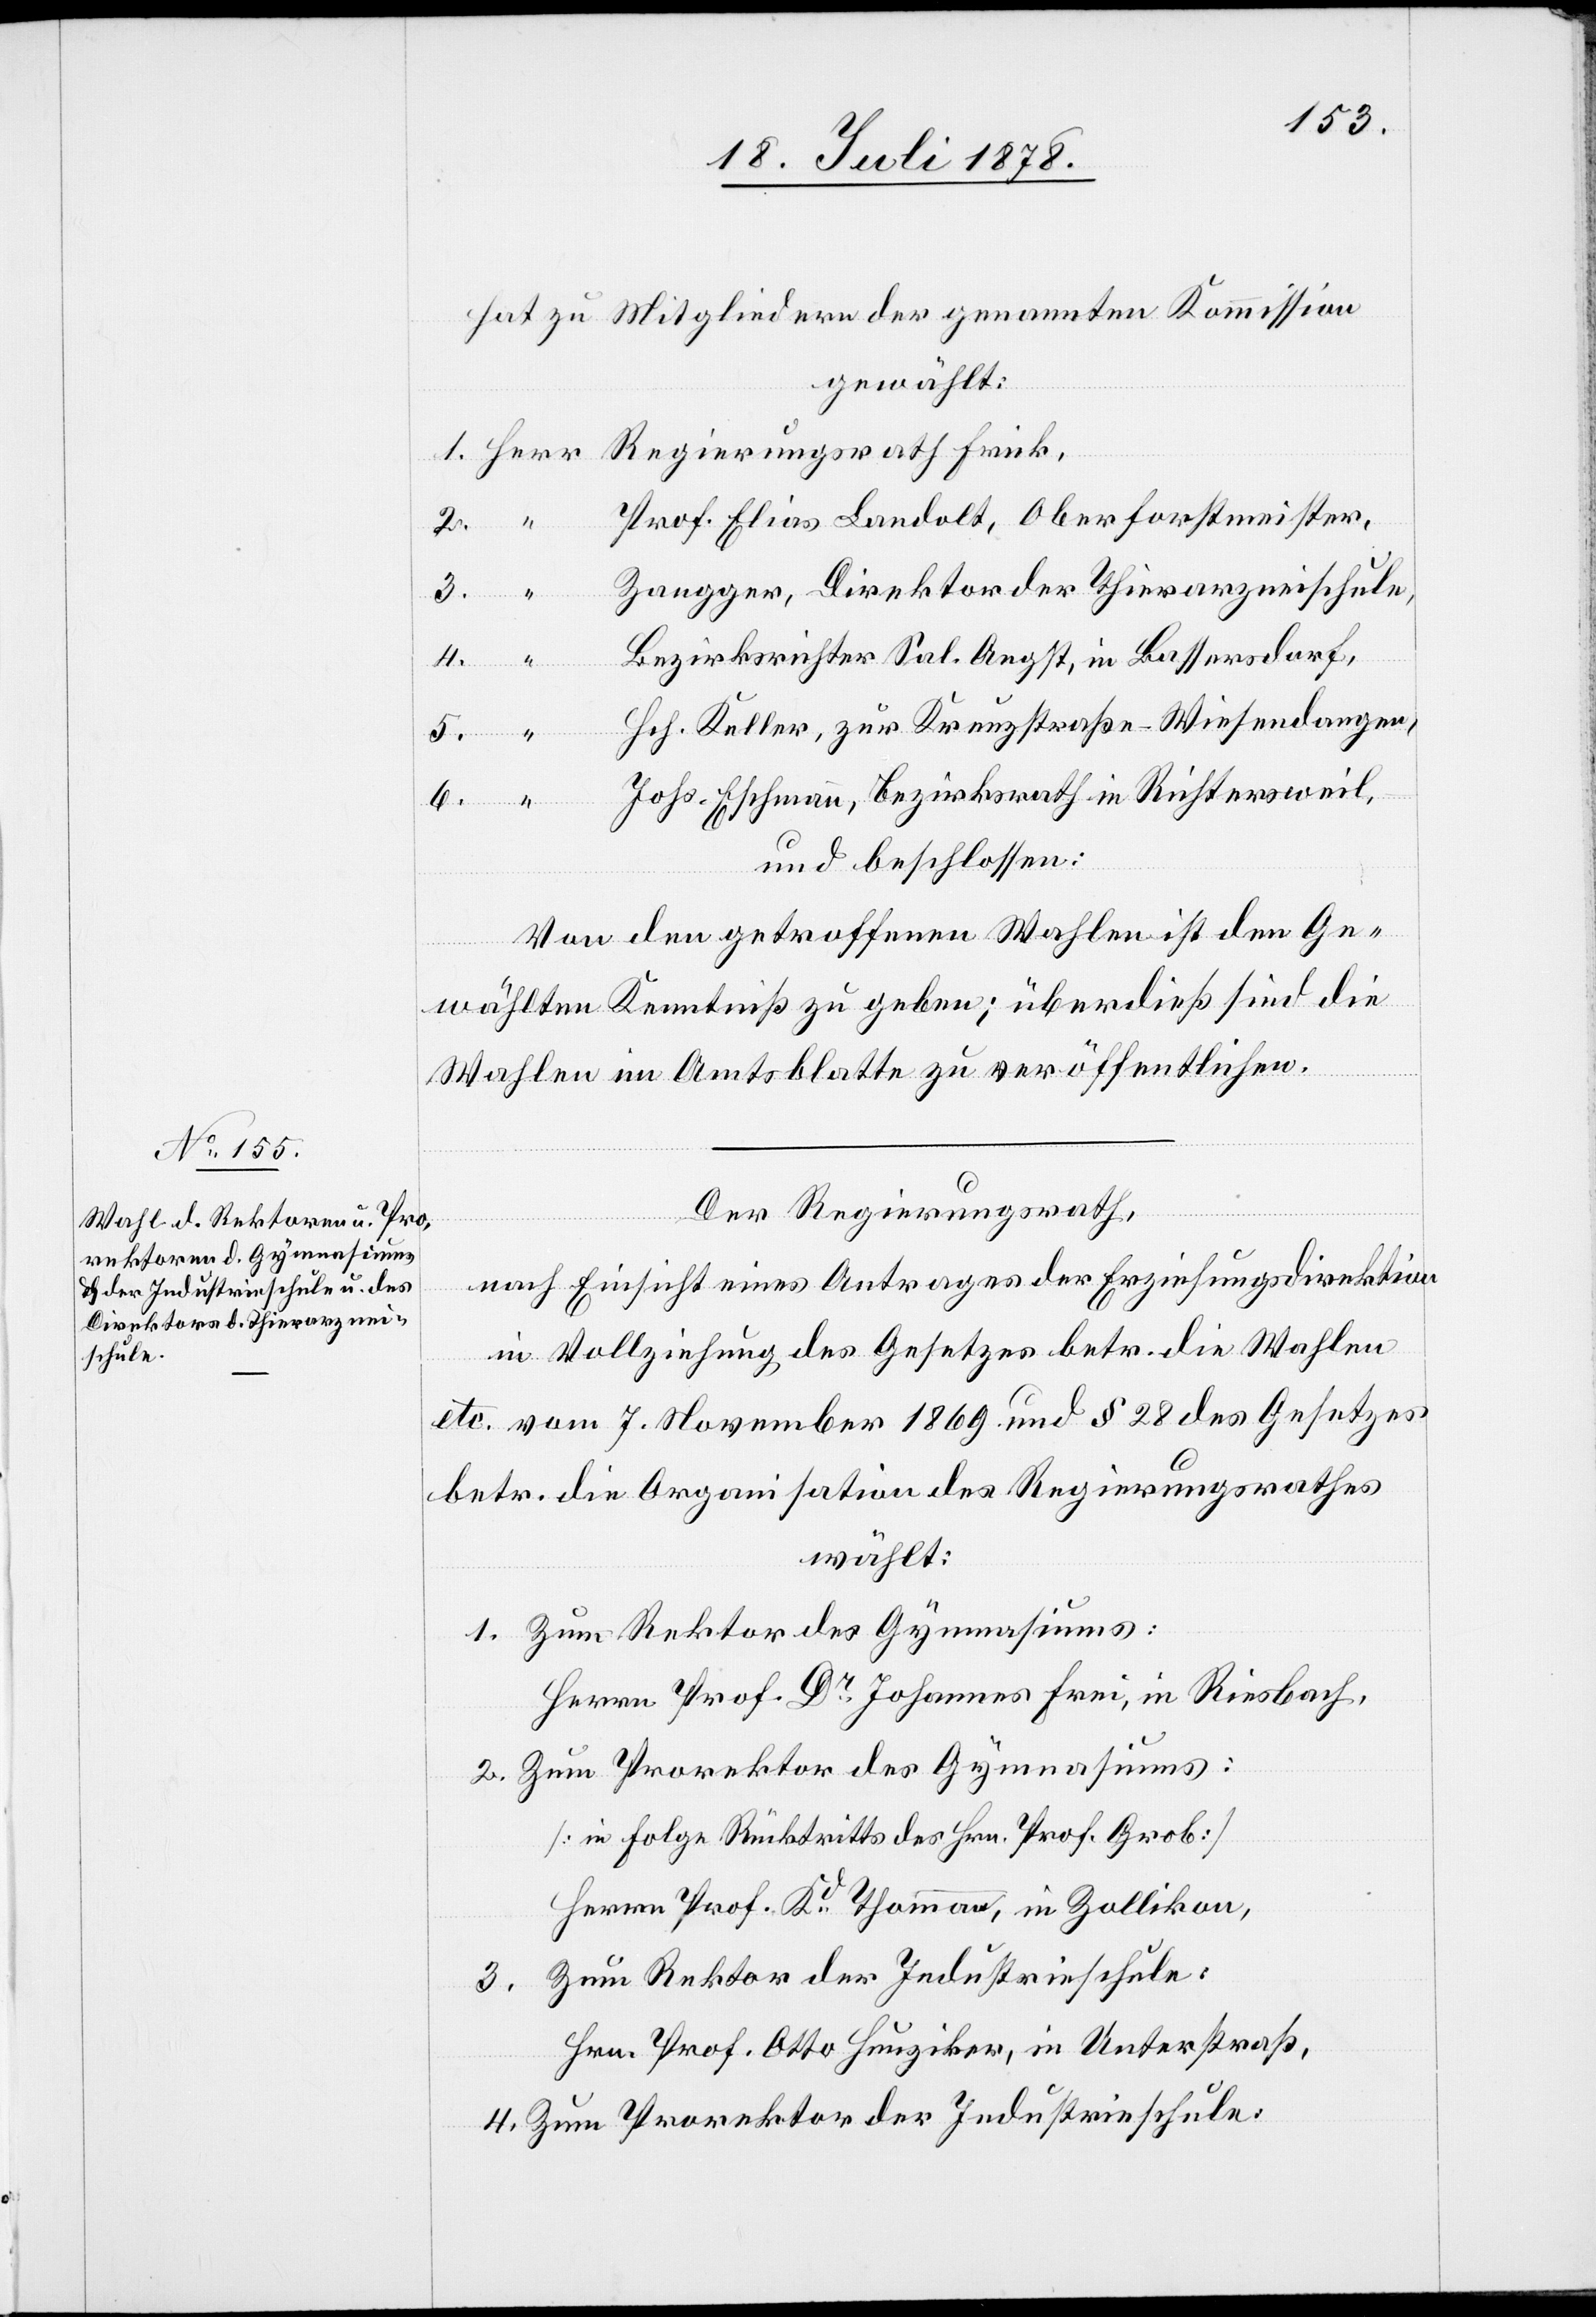
hat zu Mitgliedern der genannten Kommission
gewählt:
1. Herr Regierungsrath Frick,
Prof. Elias Landolt, Oberforstmeister,
Zangger, Direktor der Thierarzneischule,
Bezirksrichter Sal. Angst, in Bassersdorf,
“
Hch. Keller, zur Kreuzstraße - Wiesendangen,
6. “
Johs. Eschmann, Bezirksrath in Richtersweil,
4.
und beschlossen:
Von den getroffenen Wahlen ist den Ge¬
wählten Kenntniß zu geben; überdieß sind die
Wahlen im Amtsblatte zu veröffentlichen.
Der Regierungsrath,
nach Einsicht eines Antrages der Erziehungsdirektion
in Vollziehung des Gesetzes betr. die Wahlen
etc. vom 7. November 1869 und § 28 des Gesetzes
betr. die Organisation des Regierungsrathes
wählt:
1. Zum Rektor des Gymnasiums:
Herrn Prof. Dr Johannes Frei, in Riesbach.
2. Zum Prorektor des Gymnasiums:
[in Folge Rücktritts des Hrn. Prof. Grob]
Herrn Prof. Kd Thommann, in Zollikon,
Zum Rektor der Industrieschule:
3.
Hrn. Prof. Otto Hunziker, in Unterstraß,
4. Zum Prorektor der Industrieschule